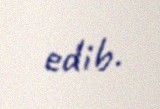
edib.